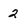
Character: 2